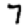
Digit: 7